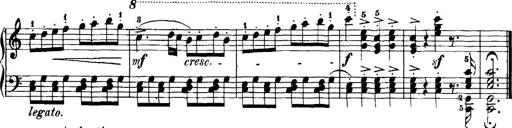
Title: 7 Sonatinas
Composer: Anton Diabelli